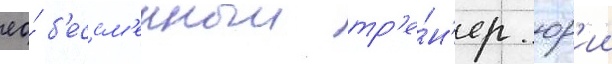
ео́ б'ессм'енныи тр'е́н'ер юр'ии